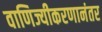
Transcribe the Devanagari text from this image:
वाणिज्यीकरणानंतर